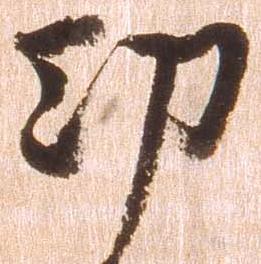
功